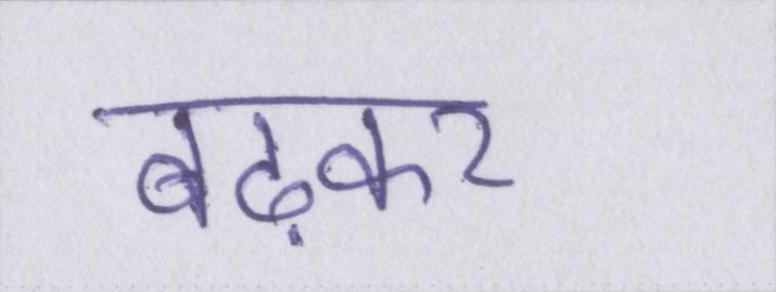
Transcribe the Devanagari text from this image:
बढ़कर